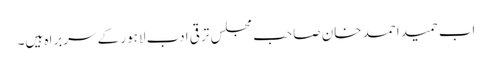
اب حمید احمد خان صاحب مجلس ترقی ادب لاہور کے سربراہ ہیں۔